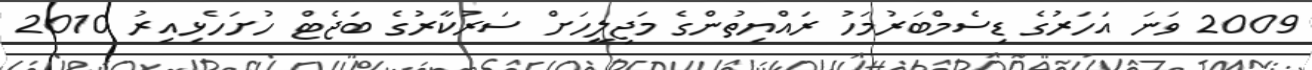
2009 ވަނަ އަހަރުގެ ޑިސެމްބަރުމަހު ރައްޔިތުންގެ މަޖިލީހަށް ސަރުކާރުގެ ބަޖެޓް ހުށަހެޅިއިރު 2010